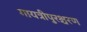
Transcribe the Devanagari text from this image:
गायत्रीपुरश्चरण